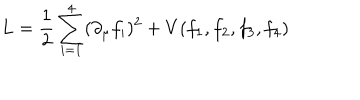
L = { \frac { 1 } { 2 } } \sum _ { i = 1 } ^ { 4 } ( \partial _ { \mu } f _ { i } ) ^ { 2 } + V ( f _ { 1 } , f _ { 2 } , f _ { 3 } , f _ { 4 } )